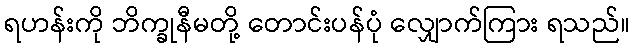
ရဟန်းကို ဘိက္ခုနီမတို့ တောင်းပန်ပုံ လျှောက်ကြား ရသည်။